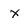
Character: x